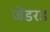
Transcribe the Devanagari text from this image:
जेंडरड